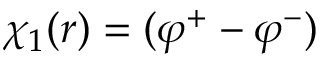
\chi _ { 1 } ( r ) = ( \varphi ^ { + } - \varphi ^ { - } )